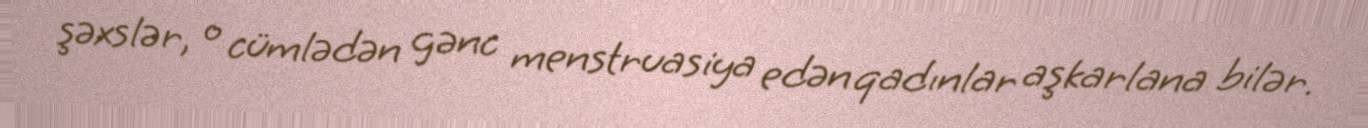
şəxslər, o cümlədən gənc menstruasiya edən qadınlar aşkarlana bilər.